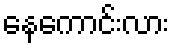
နေကောင်းလား